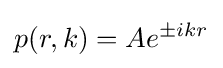
p(r,k)=Ae^{\pm ikr}